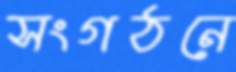
সংগঠনে